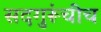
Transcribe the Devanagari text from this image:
सदगुरूंचीच